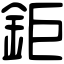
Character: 鉅